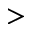
>